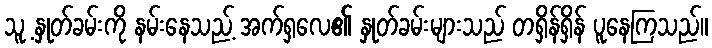
သူ့ နှုတ်ခမ်းကို နမ်းနေသည့် အက်ရှလေ၏ နှုတ်ခမ်းများသည် တရှိန်ရှိန် ပူနေကြသည်။